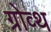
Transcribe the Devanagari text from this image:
ग्रोव्थ